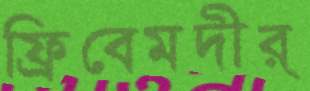
ফ্রিবেমদীর্